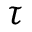
\tau